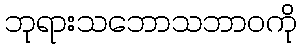
ဘုရားသဘောသဘာဝကို